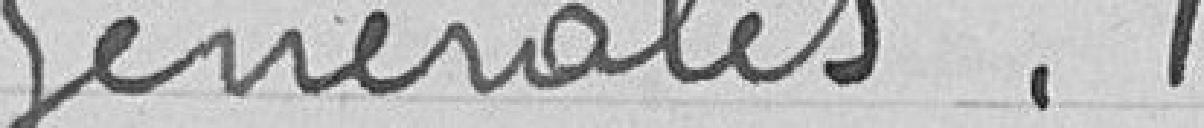
Générales